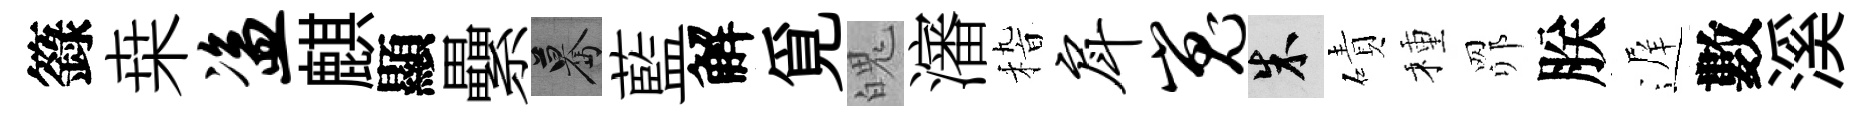
籙桒盗麒顯纍驀藍解覓魄瀋𥟵戽嵬朱磧種𦊑朕遅數溪